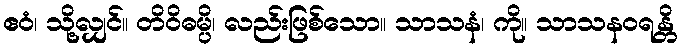
ဧဝံ၊ သို့လျှင်။ တိဝိဓမ္ပိ၊ လည်းဖြစ်သော။ သာသနံ၊ ကို။ သာသနဝရန္တိ